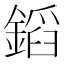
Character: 䤾